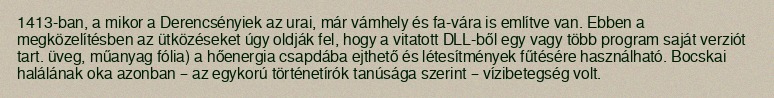
1413-ban, a mikor a Derencsényiek az urai, már vámhely és fa-vára is említve van. Ebben a megközelítésben az ütközéseket úgy oldják fel, hogy a vitatott DLL-ből egy vagy több program saját verziót tart. üveg, műanyag fólia) a hőenergia csapdába ejthető és létesítmények fűtésére használható. Bocskai halálának oka azonban – az egykorú történetírók tanúsága szerint – vízibetegség volt.